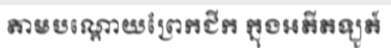
តាមបណ្តោយព្រែកជីក ក្នុងអតីតឡូត៍